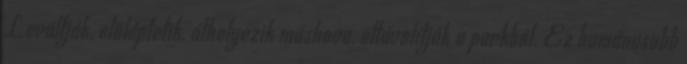
Leváltják, előléptetik, áthelyezik máshova, eltávolítják a parkból. Ez humánusabb